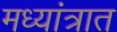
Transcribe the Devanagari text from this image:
मध्यांत्रात